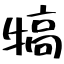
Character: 犒